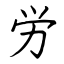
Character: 労